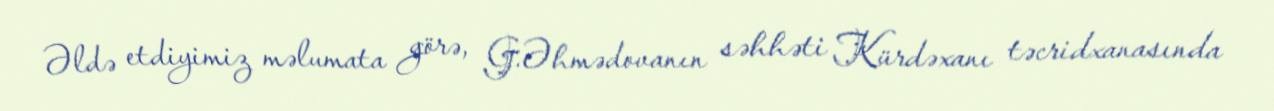
Əldə etdiyimiz məlumata görə, G.Əhmədovanın səhhəti Kürdəxanı təcridxanasında